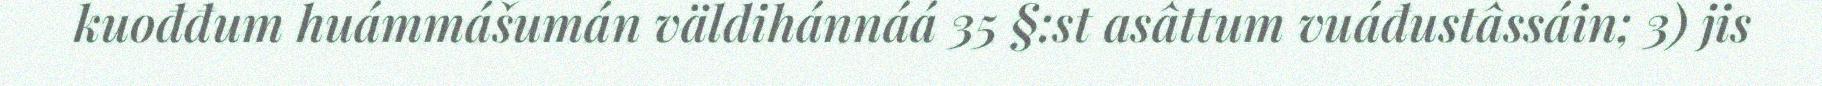
kuođđum huámmášumán väldihánnáá 35 §:st asâttum vuáđustâssáin; 3) jis